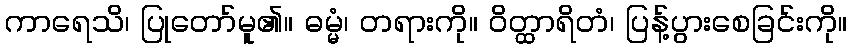
ကာရေသိ၊ ပြုတော်မူ၏။ ဓမ္မံ၊ တရားကို။ ဝိတ္ထာရိတံ၊ ပြန့်ပွားစေခြင်းကို။